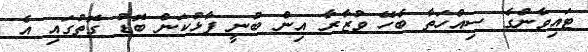
ޓައިވާންގެ ސިއްހަތާ ބެހޭ ވުޒާރާ އިން ބުނީ ފާޅުކަން ބޮޑު ގޮތުގައި އެ